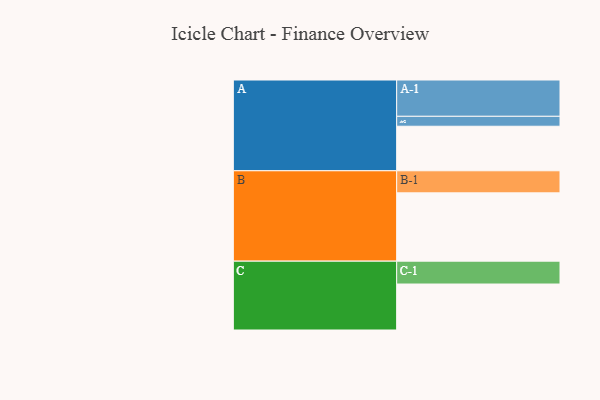
{"axis": {"x": "Segment", "y": "Value"}, "legend": ["", "A", "B", "C"], "data": [{"x": "A", "y": 341, "type": ""}, {"x": "B", "y": 523, "type": ""}, {"x": "C", "y": 352, "type": ""}, {"x": "A-1", "y": 278, "type": "A"}, {"x": "A-2", "y": 76, "type": "A"}, {"x": "B-1", "y": 169, "type": "B"}, {"x": "C-1", "y": 175, "type": "C"}]}